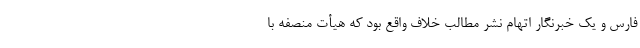
فارس و یک خبرنگار اتهام نشر مطالب خلاف واقع بود که هیأت منصفه با